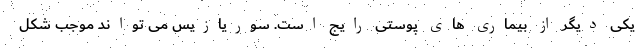
یکی دیگر از بیماری های پوستی رایج است. سوریازیس می تواند موجب شکل